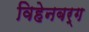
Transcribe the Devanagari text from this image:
विहेनबर्ग